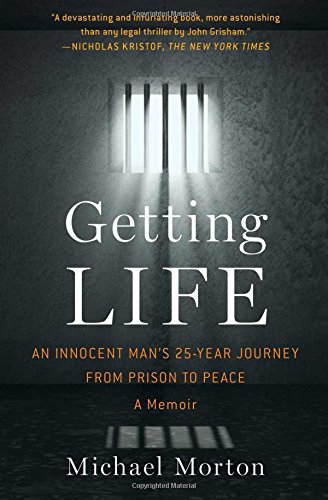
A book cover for Getting Life: An Innocent Man's 25-Year Journey from Prison to Peace: A Memoir; Michael Morton; Biographies & Memoirs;